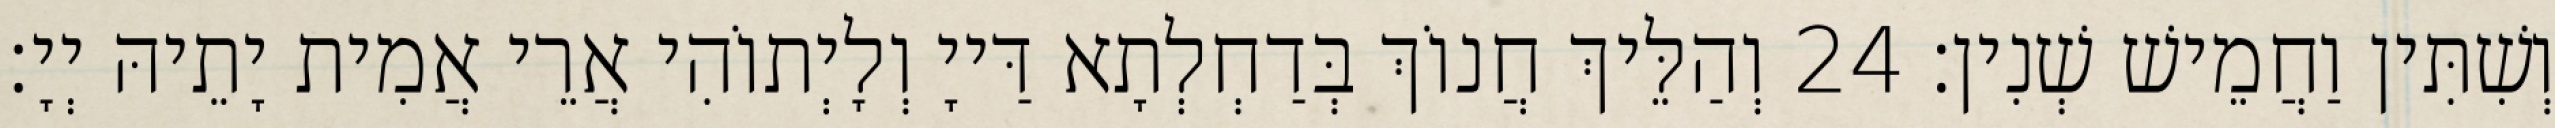
וְשִׁתִּין וַחֲמֵישׁ שְׁנִין׃ 24 וְהַלֵּיךְ חֲנוֹךְ בְּדַחְלְתָא דַּייָ וְלָיְתוֹהִי אֲרֵי אֲמִית יָתֵיהּ יְיָ׃